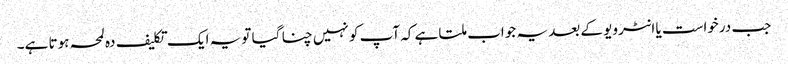
جب درخواست یا انٹرویو کے بعد یہ جواب ملتا ہے کہ آپ کو نہیں چنا گیا تو یہ ایک تکلیف دہ لمحہ ہوتا ہے۔